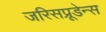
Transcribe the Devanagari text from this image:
जरिसप्रूडेन्स